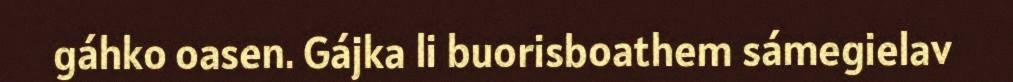
gáhko oasen. Gájka li buorisboathem sámegielav